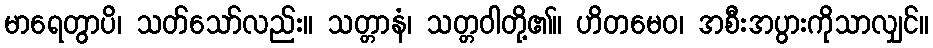
မာရေတွာပိ၊ သတ်သော်လည်း။ သတ္တာနံ၊ သတ္တဝါတို့၏။ ဟိတမေဝ၊ အစီးအပွားကိုသာလျှင်။